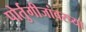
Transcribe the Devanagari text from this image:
पोर्तुगीजांवरच्या